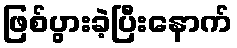
ဖြစ်ပွားခဲ့ပြီးနောက်